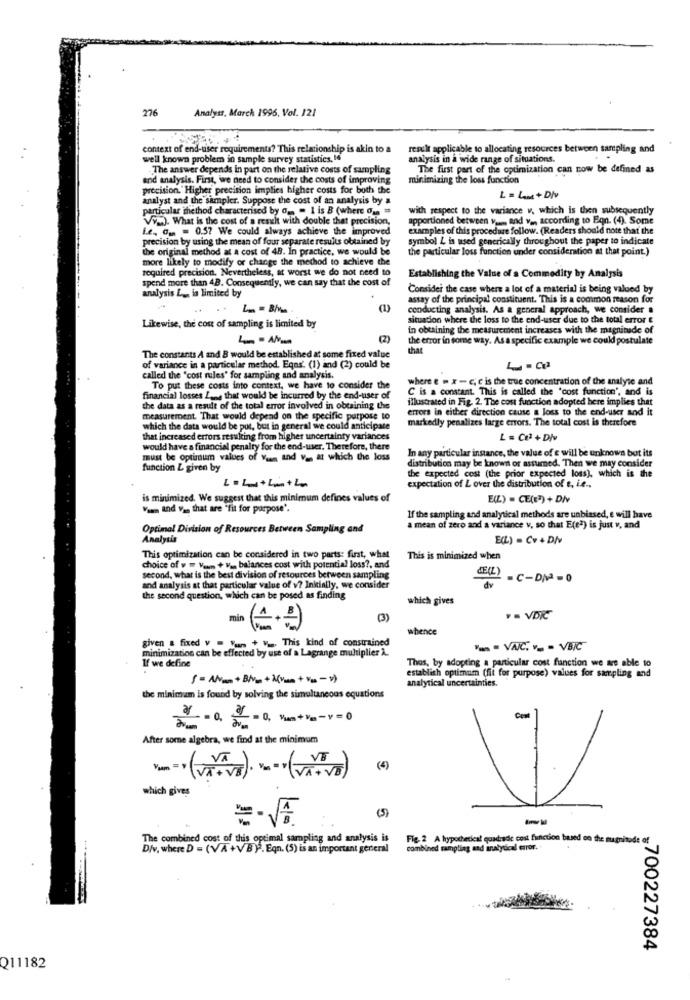
276
Analyst, March 1996, Vol. 121
.. .
context of end-user requirements? This relationship is akin to a
result applicable to allocating resources between sampling and
well known problem in sample survey statistics. If
analysis in a wide range of situations.
The answer depends in part on the relative costs of sampling
The first part of the optimization can now be defined as
and analysis. First, we need to consider the costs of improving
minimizing the loss function
precision. Higher precision implies higher costs for both the
analyst and the sampler. Suppose the cost of an analysis by a
L = LAM + Div
particular thethod characterised by d = I is B (where Ou #
with respect to the variance v, which is then subsequently
Vi.). What is the cost of a result with double that precision,
apportioned between v ..... and v ., according to Eqn. (4). Some
Le, a. = 0.57 We could always achieve the improved
examples of this procedure follow. (Readers should note that the
precision by using the mean of four separate results obtained by
symbol L is used generically throughout the paper to indicate
the original method at a cost of 48. In practice, we would be
the particular loss function under consideration at that point.)
more likely to modify or change the method to achieve the
required precision. Nevertheless, at worst we do not need to
spend more than 48. Consequently, we can say that the cost of
Establishing the Value of a Commodity by Analysis
analysis L ., is limited by
Consider the case where a lot of a material is being valued by
assay of the principal constituent. This is a common reason for
conducting analysis. As a general approach, we consider a
situation where the loss to the end-user due to the total error e
Likewise, the cost of sampling is limited by
in obtaining the measurement increases with the magnitude of
the error in some way. As a specific example we could postulate
that
The constants A and B would be established at some fixed value
of variance in a particular method. Eqns. (1) and (2) could be
called the 'cost rules' for sampling and analysis.
where e = x - c, e is the true concentration of the analyse and
To put these costs into context, we have to consider the
C is a constant. This is called the 'cost function', and is
financial losses Lane that would be incurred by the end-user of
illustrated in Fig. 2. The cost function adopted here implies that
the data as a result of the total error involved in obtaining the
errors in either direction cause a loss to the end-user and it
measurement. That would depend on the specific purpose to
markedly penalizes large errors. The total cost is therefore
which the data would be put, but in general we could anticipate
that increased errors resulting from higher uncertainty variances
L = Co2 + DNv
would have a financial penalty for the end-user. Therefore, there
must be optimum values of War and v_ at which the loss
In any particular instance, the value of e will be unknown bot its
distribution may be known or assured. Then we may consider
function & given by
the expected cost (the prior expected loss), which is the
L = Lu+Le+La
expectation of L over the distribution of e, i.e ..
is minimized. We suggest that this minimum defines values of
E(L) = CE(E") + DI
v .... and yu that are "fit for purpose".
If the sampling and analytical methods are unbiased, e will have
Optimal Division of Resources Between Sampling and
a mean of zero and a variance v, so that E(e2) is just v, and
Analysis
E(L) = Cv + DIv
choice of v = Vaun + v ,. balances cost with potential loss ?, and
This optimization can be considered in two parts: first, what
This is minimized when
JE(L)
second, what is the best division of resources between sampling
dv
=C-DM=0
and analysis at that particular value of v? Initially, we consider
the second question, which can be posed as finding
which gives
(3)
¥ = VDIC
whence
given & fixed v = "un + v ... This kind of constrained
minimization can be affected by use of a Lagrange multiplier À.
- VAIC. v - VBIC
If we define
Thos, by adopting a particular cost function we are able to
establish optimum (fit for purpose) values for sampling and
5 = Na + Bis + 2(van + V= - 1)
analytical uncertainties.
the minimum is found by solving the simultaneous equations
21=0, Vam+Vm-v =0
After some algebra, we find at the minimum
(4)
which gives
The combined cost of this optimal sampling and analysis is
Fig. 2 A hypothetical quadrade cost function based on the mugnitode of
Div. where D = (VA+VB ). Eqn. (5) is an important general
combined sampling and analytical error.+
700227384
Q11182